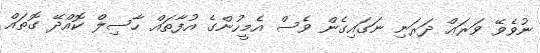
ނުވެވޭ ވަރަޢް ދަރަނި ނަގައިގެން ވެސް އެމީހުންގެ އުފާތައް ހާސިލް ކޮއްދޭ ގޮތައް